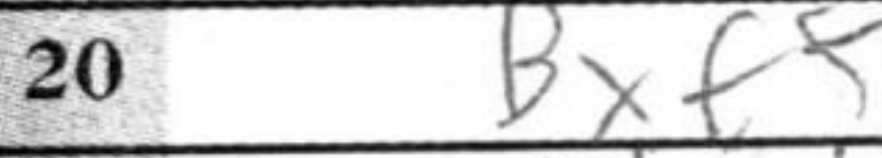
Transcription: Bxf5